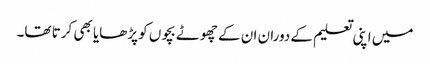
میں اپنی تعلیم کے دوران ان کے چھوٹے بچوں کو پڑھایا بھی کرتا تھا۔